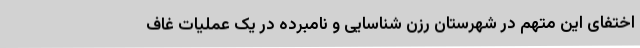
اختفای این متهم در شهرستان رزن شناسایی و نامبرده در یک عملیات غاف